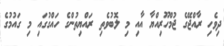
ދިވެހި ރާއްޖޭގެ ޖުމްހޫރިއްޔާ އާއި މި ލޮބުވެތި ރައްޔިތުންގެ ހައްގުގައި މި ގައުމުގެ